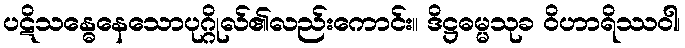
ပဋိသန္ဓေနေသောပုဂ္ဂိုလ်၏လည်းကောင်း။ ဒိဋ္ဌဓမ္မသုခ ဝိဟာရိဿဝါ၊